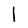
Character: l